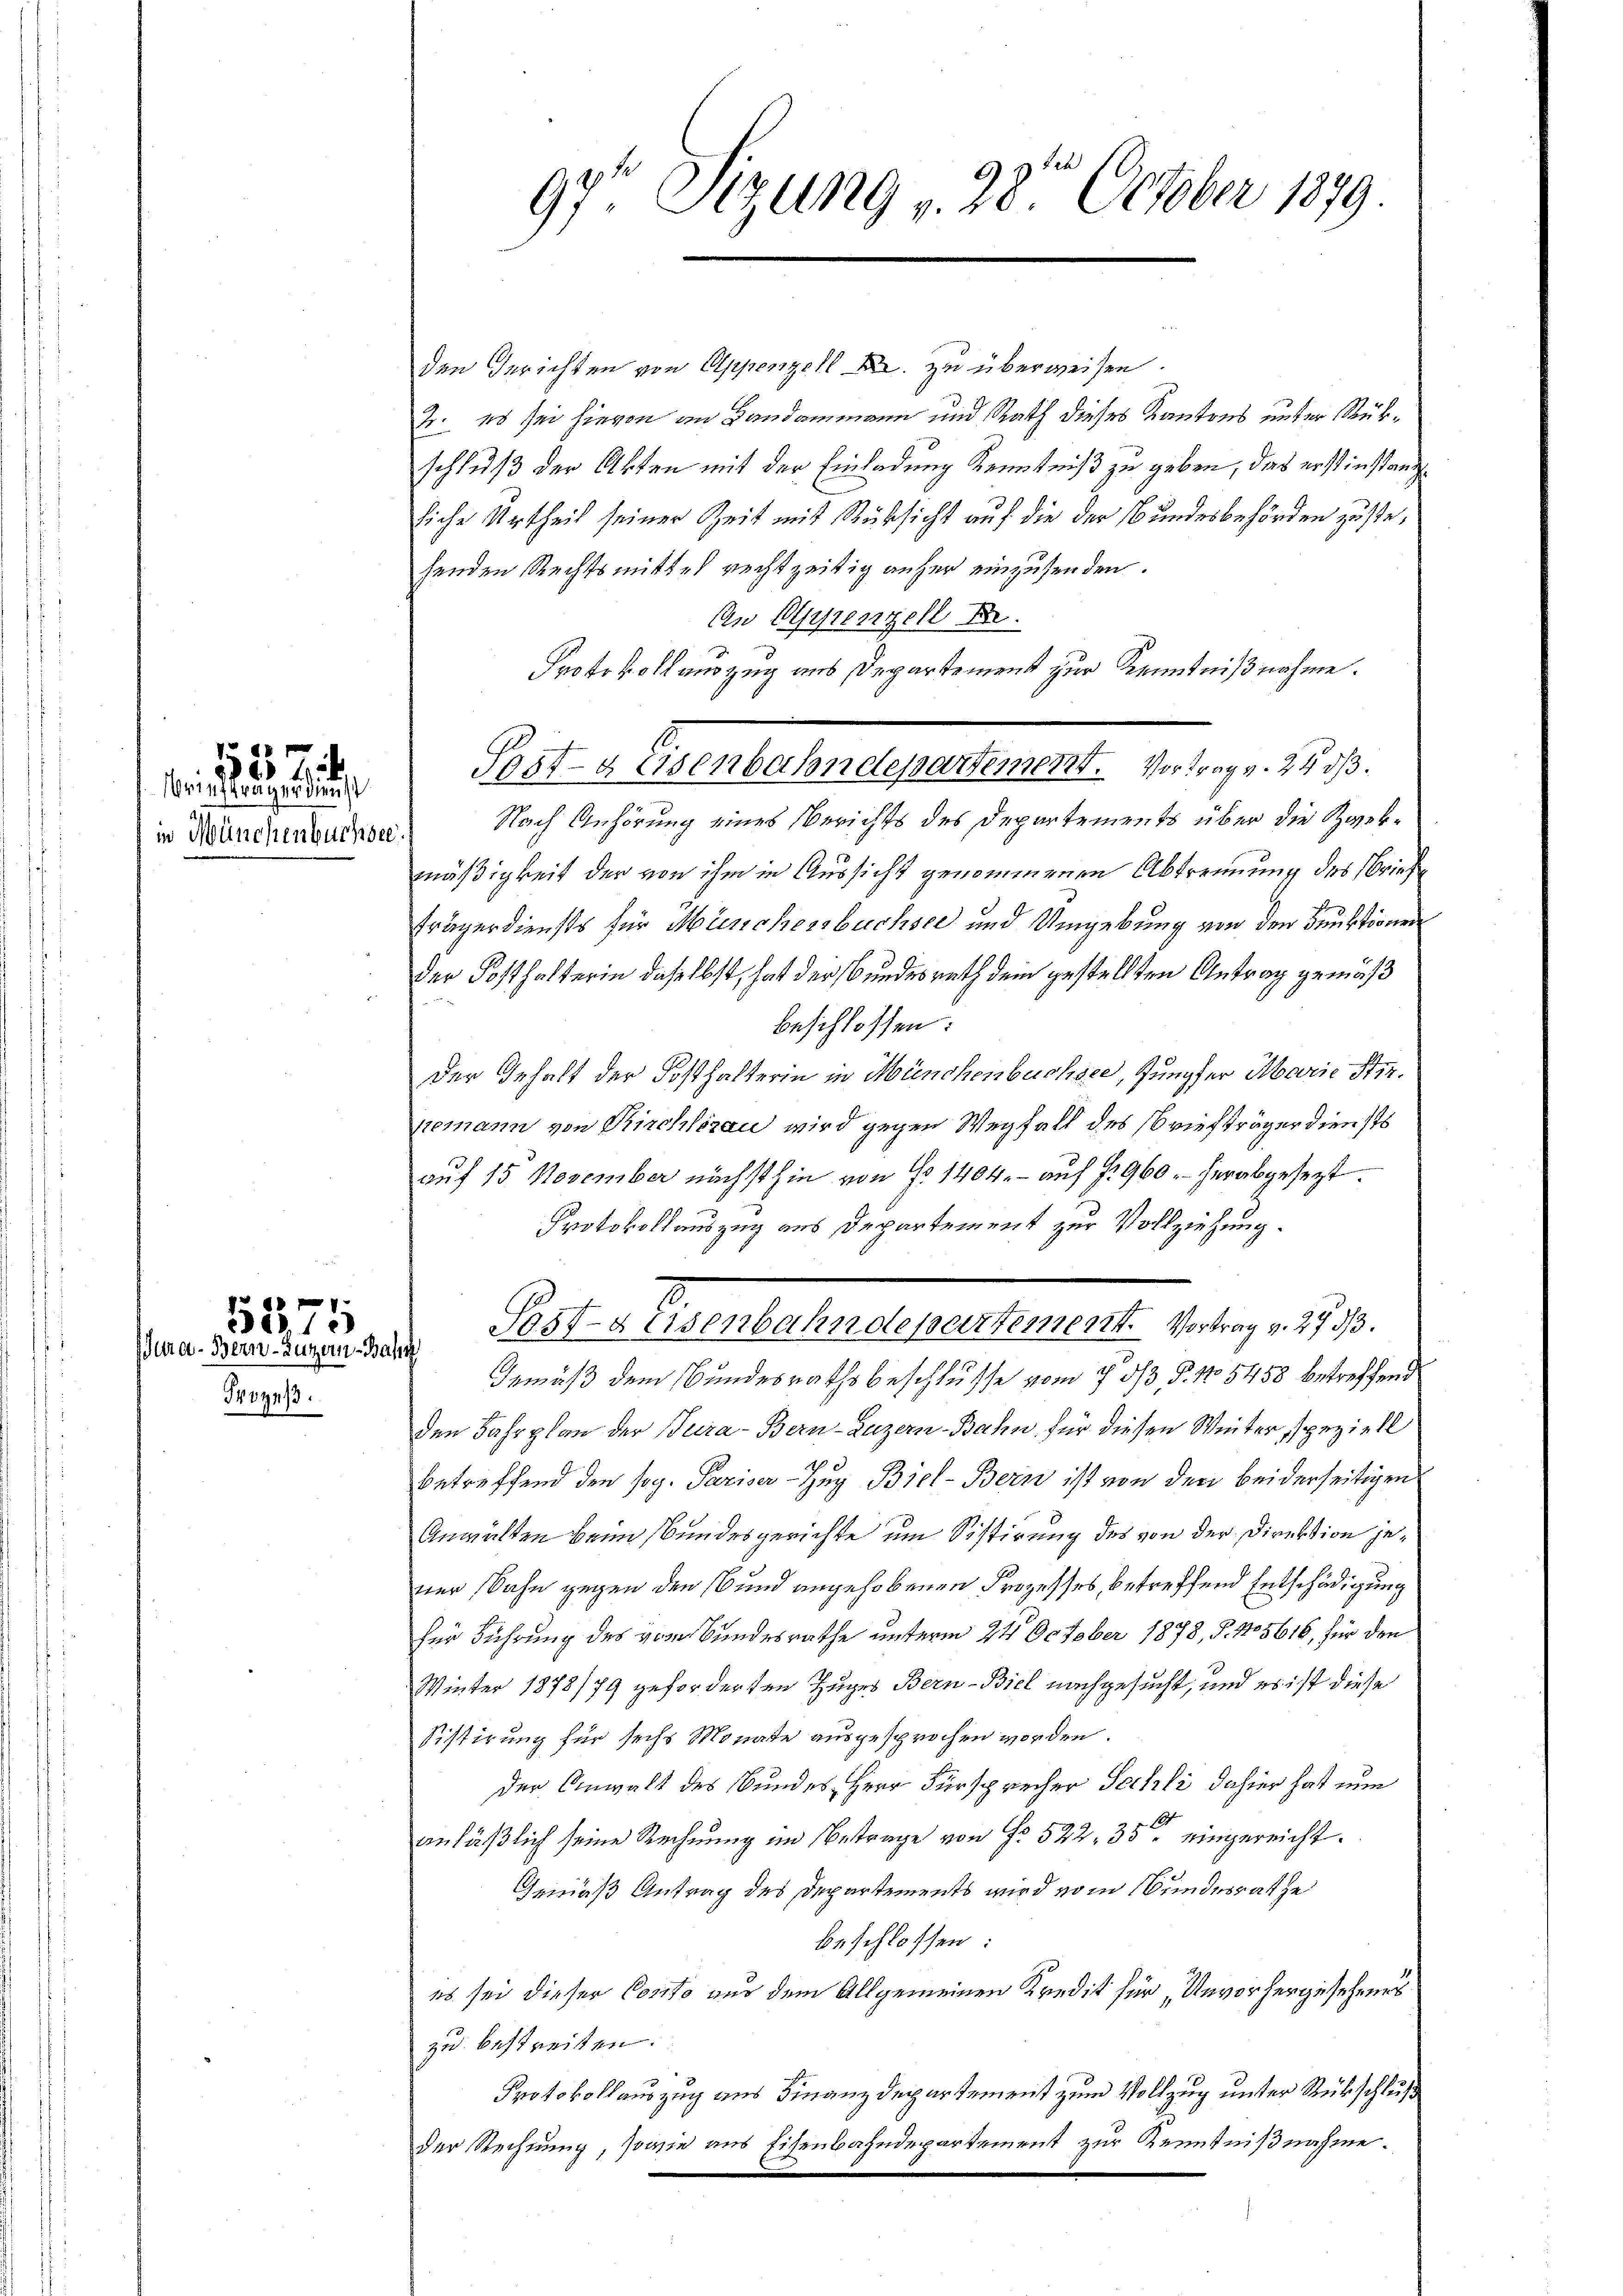
in Münchenbuchsee.

Prozeß.

55 Zi
briefträger dienst

f 60 x 1
241)
Jura - Bern-Zuzern, Bahn

den Gerichten von Appenzell A. zu überweisen.
2. es sei hievon an Landammann und Rath dieses Kantons unter Rükschluß der Akten mit der Einladung Kenntniß zu geben, das erstinstandliche Urtheil seiner Zeit mit Rücksicht auf die der Bundesbehörden zustehenden Rechtsmittel rechtzeitig anher einzusenden.
An Alpenzell A.
Protokoll auszug aus Departement zur Kenntnißnahme.
Nach Anhörung eines Berichts des Departements über die Zwekmäßigkeit der von ihm in Aussicht genommenen Abtrennung des Brief
trägerdiensts für Münchersbuchser und Umgebung von den Bruktionen
der Posthalterin daselbst, hat der Bundesrath dem gestellten Antrag gemäß
beschlossen:
der Gehalt der Posthalterin in Münchenbuchsee, Jungfer Marie Stir
nemann von Kirchlerau wird gegen Wegfall des Briefträger diensts
auf 15 November nächsthin von No 1404.- aŭf §. 960. herabgesezt.
Protokollauszug aus Departement zur Vollziehung.
Sost-Keisenbahndepartement. Vortrag v. 2733.
Gemäß dem Bundesrathsbeschlusse vom 7 1/3. §. No 5458 betreffend
den Fahrplan der Tura- Bern-Luzern-Bahn für diesen Winter, speziell
betreffend den sog. Pariser Zug Biel-Bern ist von den beiderseitigen
Anwälten beim Bundesgerichte um Sistirung des von der Direktion jener, Sahn gegen den und angehobenen Prozesses, betreffend Entschädigung
für Führung des vom Bundesrathe unterm 24. October 1878, S. 105616, für den
Winter 1873/79 zuforderten Zuges Bern-Biel nachgesucht, und es ist diese
Sistirung für sechs Monate ausgesprochen worden.
der Anwalt des Bundes Herr Fürsprecher Sachli dahier hat nun
anläßlich seine Rechnung im Betrage von Fr. 522, 35 eingereicht.
Gemäß Antrag des Departements wird vom Bundesrathe
beschlossen:
es sei dieser Conto nur dem Allgemeinen Kredit für Unvorhergesehenes
zu bestreiten.
Protokollauszug aus Finanzdepartement zum Vollzug unter Rückschluß
der Rechnung, sowie aus Eisenbahndepartement zur Kenntnißnahme.

97 Sizung v. 28. October 1879.

Post- & Eisenbahndepartement. Vortrag v. 24 dß.